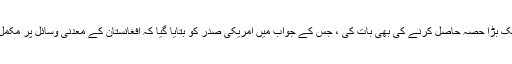
امریکی جریدے کی رپورٹ کے مطابق اسی اجلاس میں امریکی صدر نے افغانستان کے معدنی ذخائر میں سے ایک بڑا حصہ حاصل کرنے کی بھی بات کی ، جس کے جواب میں امریکی صدر کو بتایا گیا کہ افغانستان کے معدنی وسائل پر مکمل دسترس حاصل کرنے کیلئے افغان حکومت کا ملک پہ کنٹرول ضروری ہے، جس کی راہ میں پاکستان حائل ہے۔